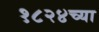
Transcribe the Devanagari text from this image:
१८२४च्या